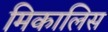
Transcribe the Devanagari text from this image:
मिकालिस